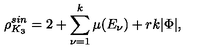
\rho _ { K _ { 3 } } ^ { s i n } = 2 + \sum _ { \nu = 1 } ^ { k } \mu ( E _ { \nu } ) + r k | \Phi | ,